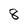
Character: 8